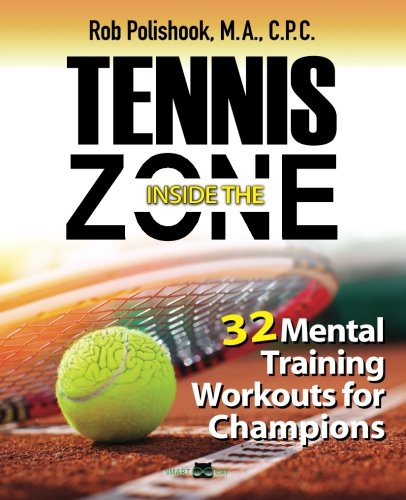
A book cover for Tennis Inside The Zone: 32 Mental Training Workouts for Champions; Rob Polishook M.A.; Sports & Outdoors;